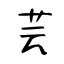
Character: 芸